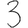
Digit: 3